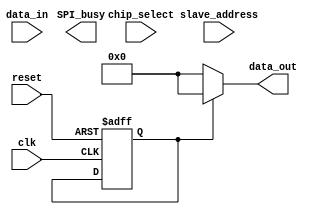
module SPI_master (
  input wire clk,
  input wire reset,
  input wire chip_select,
  input wire [7:0] slave_address,
  input wire [7:0] data_in,
  output wire [7:0] data_out,
  output reg SPI_busy
);

parameter DATA_WIDTH = 8;
parameter CLOCK_FREQ = 1000000; // 1MHz clock frequency
parameter SLAVE_DEVICE_ADDRESS = 8'hFF;

reg [DATA_WIDTH-1:0] shift_register;
reg [7:0] tx_data;
reg [7:0] rx_data;

reg busy_state;
reg data_transfer_done;
reg error_flag;

always @(posedge clk or posedge reset) begin
  if (reset) begin
    shift_register <= 0;
    busy_state <= 0;
    data_transfer_done <= 0;
    error_flag <= 0;
  end else begin
    if (chip_select && !busy_state) begin
      shift_register <= {data_in, shift_register[DATA_WIDTH-1:1]};
      tx_data <= shift_register[DATA_WIDTH-1:0];
      busy_state <= 1;
      error_flag <= 0;
    end

    if (busy_state) begin
      // Shift out data to slave device
      // Receive data from slave device
      // Perform error checking and handling
      // Update data_out
      // Update data_transfer_done flag
      // Update busy_state when data transfer is complete
    end
  end
end

assign data_out = data_transfer_done ? rx_data : 0;

endmodule